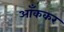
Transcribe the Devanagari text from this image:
आँककर